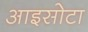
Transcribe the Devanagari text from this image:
आइसोटा